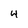
Character: 4